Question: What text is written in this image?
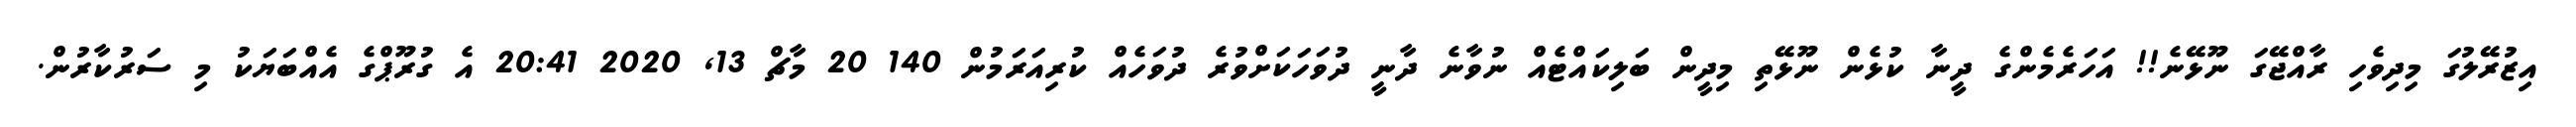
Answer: އިޒުރޭލުގަ މިދިވެހި ރާއްޖޭގަ ނޫޅޭނެ!! އަހަރެމެންގެ ދީނާ ކުޅެން ނޫޅޭތި މިދީން ބަލިކައްޓެއް ނުވާނެ ދާނީ ދުވަހަކަށްވުރެ ދުވަހެއް ކުރިއަރަމުން 140 20 މާޗް 13, 2020 20:41 އެ ގުރޫޕްގެ އެއްބަޔަކު މި ސަރުކާރުން.